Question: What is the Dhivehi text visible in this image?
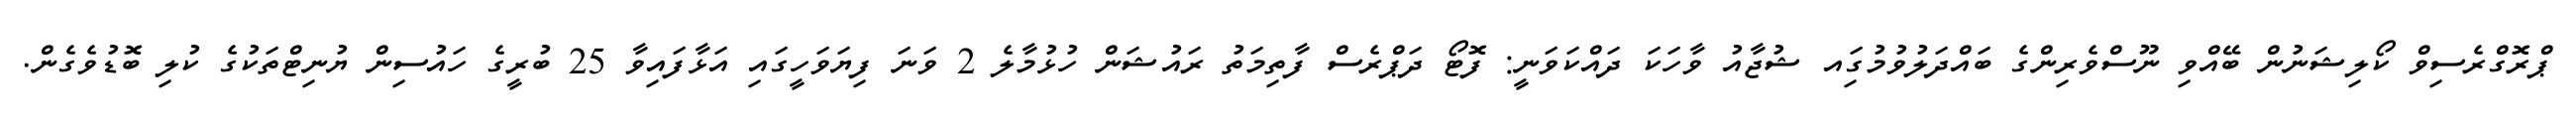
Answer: ޕްރޮގްރެސިވް ކޯލިޝަނުން ބޭއްވި ނޫސްވެރިންގެ ބައްދަލުވުމުގަިއ ޝުޖާއު ވާހަކަ ދައްކަވަނީ: ފޮޓޯ ދަޕްރެސް ފާތިމަތު ރައުޝަން ހުޅުމާލެ 2 ވަނަ ފިޔަވަހީގައި އަޅާފައިވާ 25 ބުރީގެ ހައުސިން ޔުނިޓްތަކުގެ ކުލި ބޮޑުވެގެން.